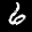
Label: 6